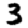
Digit: 3